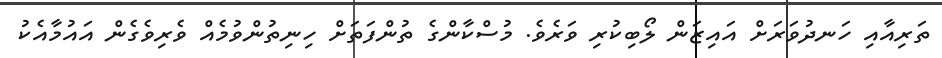
ތަރިއާއި ހަނދުވަރަށް އައިޒަން ލޯބިކުރި ވަރެވެ. މުސްކާންގެ ތުންފަތަށް ހިނިތުންވުމެއް ވެރިވެގެން އައުމާއެކު